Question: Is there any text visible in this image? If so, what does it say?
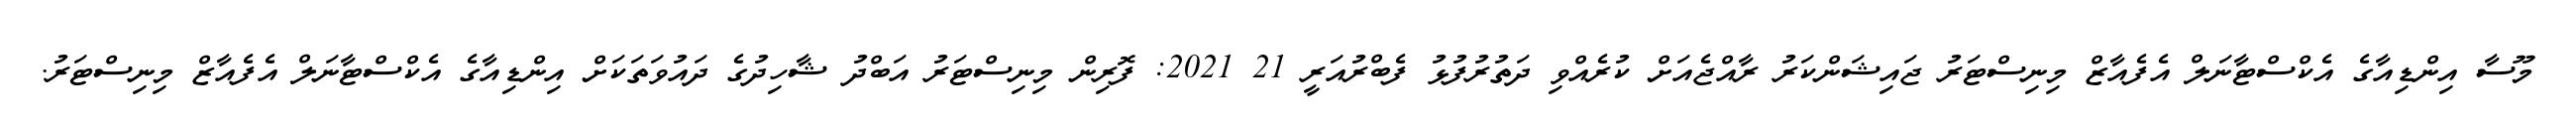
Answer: މޫސާ އިންޑިއާގެ އެކްސްޓާނަލް އެފެއާޒް މިނިސްޓަރު ޖައިޝަންކަރު ރާއްޖެއަށް ކުރެއްވި ދަތުރުފުޅު ފެބްރުއަރީ 21 2021: ފޮރިން މިނިސްޓަރު އަބްދު ޝާހިދުގެ ދައުވަތަކަށް އިންޑިއާގެ އެކްސްޓާނަލް އެފެއާޒް މިނިސްޓަރު.